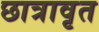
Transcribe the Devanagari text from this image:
छात्रावृत